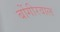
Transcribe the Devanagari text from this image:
बोंगीरवाल